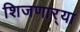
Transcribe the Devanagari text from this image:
शिजणार्‍या